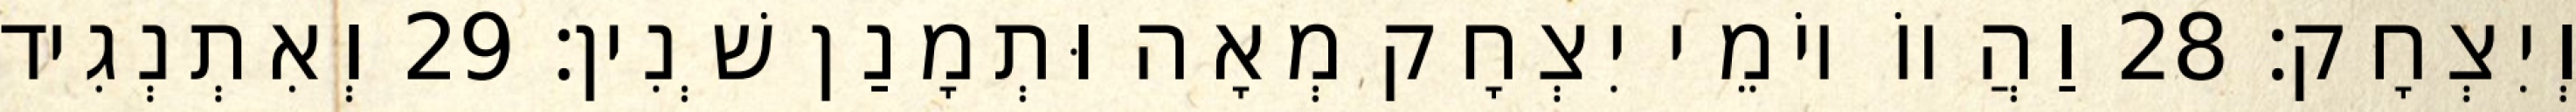
וְיִצְחָק׃ 28 וַהֲווֹ יוֹמֵי יִצְחָק מְאָה וּתְמָנַן שְׁנִין׃ 29 וְאִתְנְגִיד